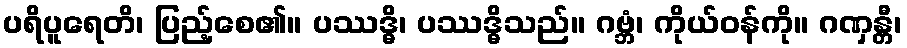
ပရိပူရေတိ၊ ပြည့်စေ၏။ ပဿဒ္ဓိ၊ ပဿဒ္ဓိသည်။ ဂဗ္ဘံ၊ ကိုယ်ဝန်ကို။ ဂဏှန္တီ၊